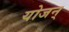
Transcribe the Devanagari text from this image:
योजन्